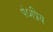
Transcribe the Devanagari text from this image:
पं०प्रिय